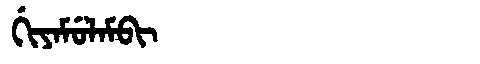
Manchu: ᡤᡳᠶᠠᠮᡠᠯᠠᠮᠪᡳ
Romanization: GIYAMULAMBI